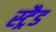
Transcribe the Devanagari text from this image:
स्ट्रैड